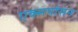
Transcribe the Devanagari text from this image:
एक्सपांसन